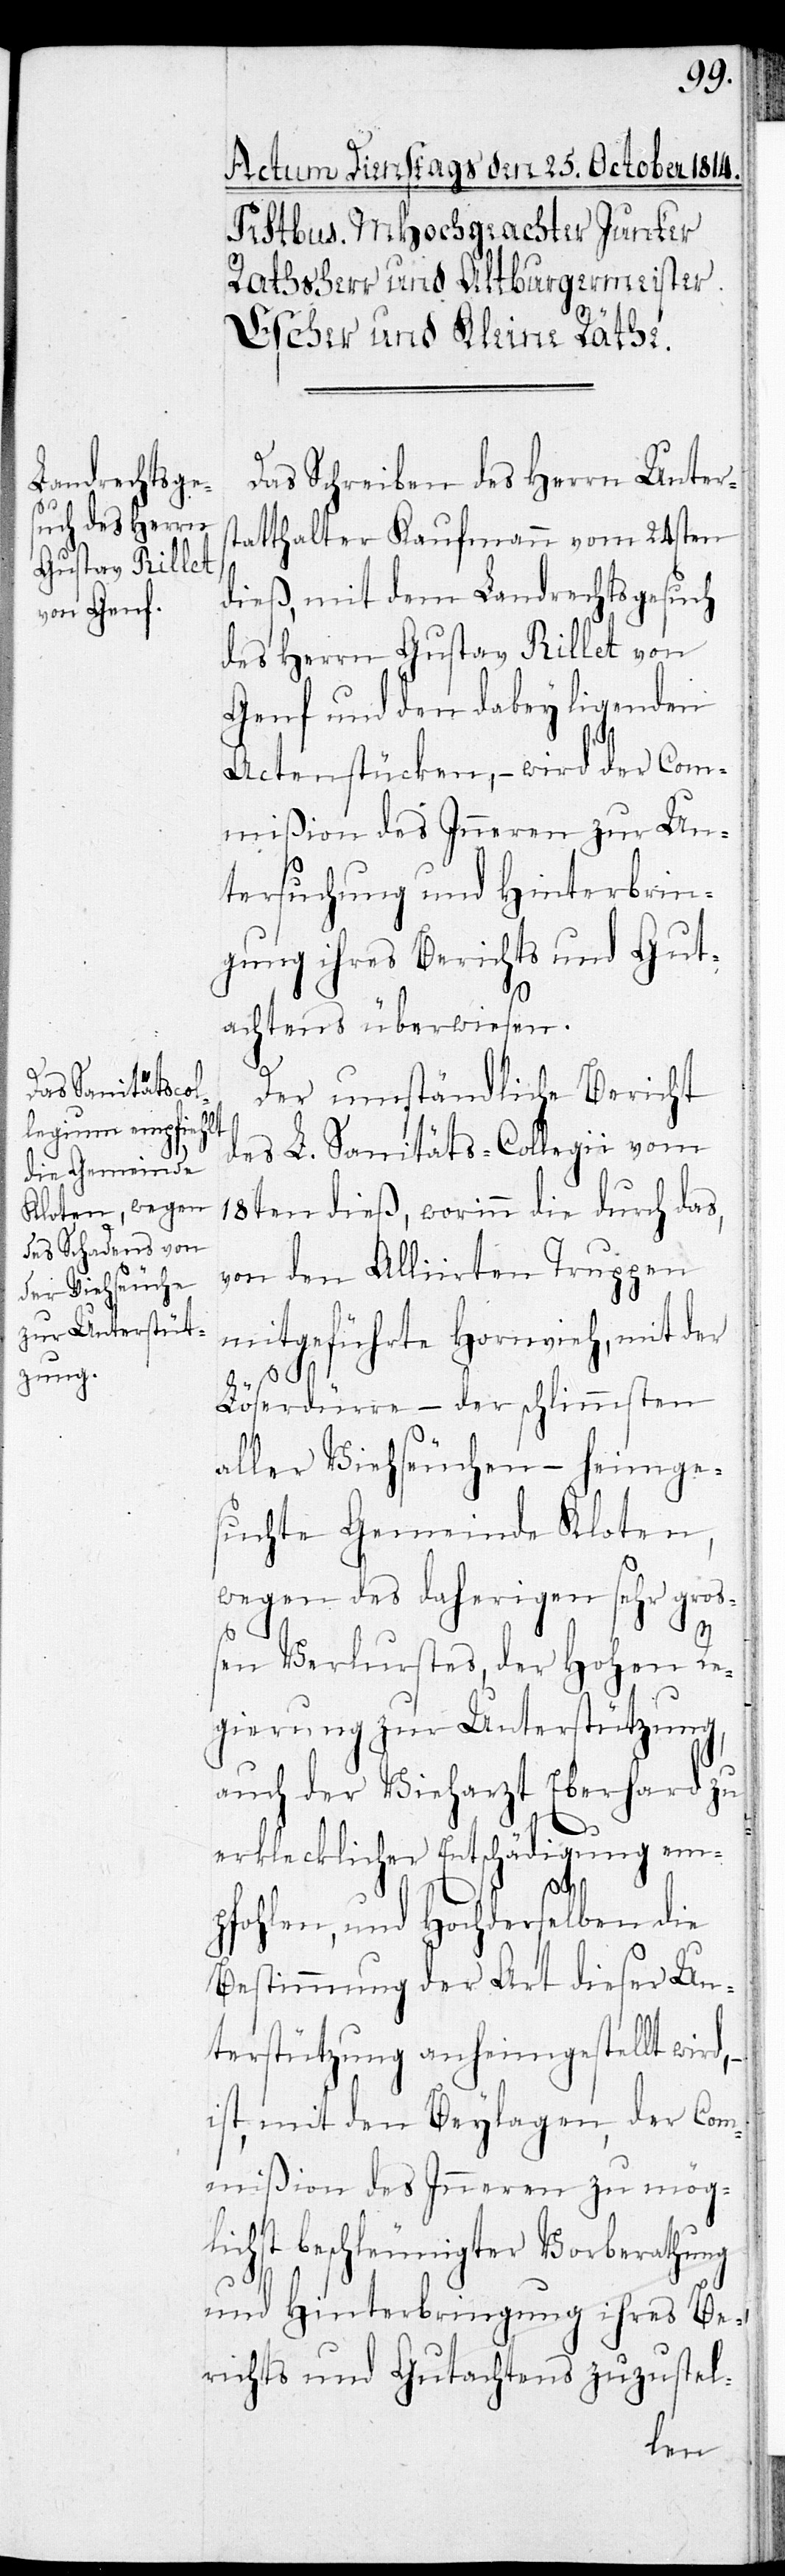
Das Schreiben des Herrn Unters¬
tatthalter Kaufmann vom 24sten
dieß, mit dem Landrechtsgesuch
des Herrn Gustav Rillet von
Genf und den dabey ligenden
Actenstücken, – wird der Com¬
mißion des Inneren zur Un¬
tersuchung und Hinterbrin¬
gung ihres Berichts und Gut¬
achtens überwiesen.
Der umständliche Bericht
des L. Sanitäts-Collegii vom
18ten dieß, worinn die durch das,
von den Alliirten Truppen
mitgeführte Hornvieh, mit der
Löserdürre – der schlimmsten
aller Viehseuchen – heimge¬
suchte Gemeinde Kloten,
wegen des daherigen sehr groß¬
en Verlurstes, der Hohen Re¬
gierung zur Unterstützung,
auch der Vieharzt Eberhard zu
erklecklicher Entschädigung em¬
pfohlen, und Hochderselben die
Bestimmung der Art dieser Un¬
terstützung anheimgestellt wird,
ist, mit den Beylagen, der Com¬
mißion des Inneren zu mög¬
lichst beschleunigter Vorberathung
und Hinterbringung ihres Be¬
richts und Gutachtens zuzustel-